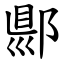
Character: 郻